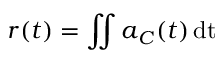
\ensuremath { \boldsymbol { r } } ( t ) = \iint \ensuremath { \boldsymbol { a } } _ { C } ( t ) \ensuremath { \operatorname { d t } }